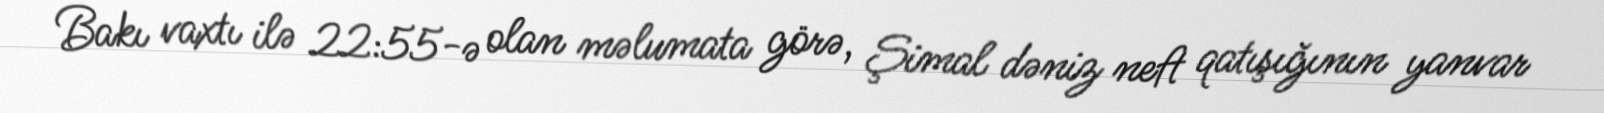
Bakı vaxtı ilə 22:55-ə olan məlumata görə, Şimal dəniz neft qatışığının yanvar